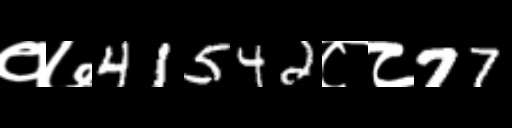
Text: १७41542८८77